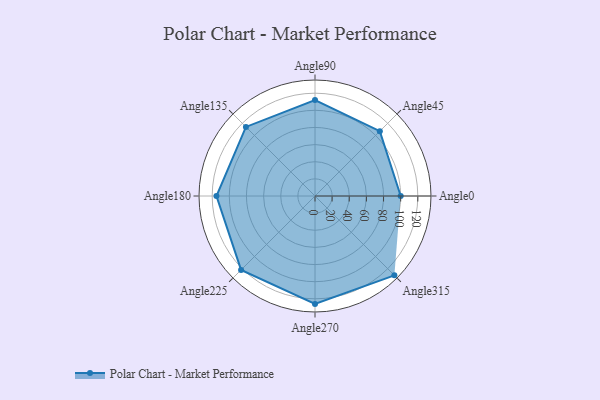
{"axis": {"x": "Angle", "y": "Radius"}, "legend": [""], "data": [{"x": "Angle0", "y": 100.0, "type": ""}, {"x": "Angle45", "y": 107.0, "type": ""}, {"x": "Angle90", "y": 112.0, "type": ""}, {"x": "Angle135", "y": 114.0, "type": ""}, {"x": "Angle180", "y": 115.0, "type": ""}, {"x": "Angle225", "y": 122.0, "type": ""}, {"x": "Angle270", "y": 126.0, "type": ""}, {"x": "Angle315", "y": 131.0, "type": ""}]}